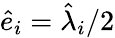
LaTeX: \hat{e}_{i}=\hat{\lambda}_{i}/2